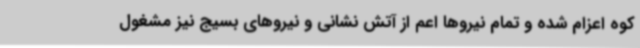
کوه اعزام شده و تمام نیروها اعم از آتش نشانی و نیروهای بسیج نیز مشغول